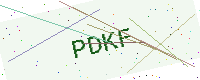
Text: PDKF